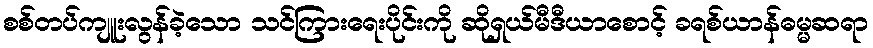
စစ်တပ်ကျူးလွန်ခဲ့သော သင်ကြားရေးပိုင်းကို ဆိုရှယ်မီဒီယာစောင့် ခရစ်ယာန်ဓမ္မဆရာ